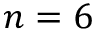
n = 6